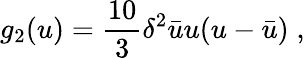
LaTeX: g_{2}(u)={\frac{10}{3}}\delta^{2}{\bar{u}}u(u-{\bar{u}})\; ,